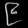
Digit: ၉